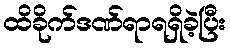
ထိခိုက်ဒဏ်ရာရရှိခဲ့ပြီး